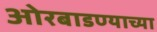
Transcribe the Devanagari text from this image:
ओरबाडण्याच्या